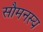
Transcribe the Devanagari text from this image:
सौमनस्य